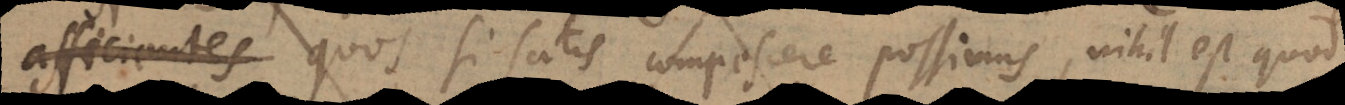
afficientes, quos si satis compescere possimus, nihil est quod